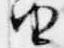
由